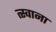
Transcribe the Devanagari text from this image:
त्स्वाना